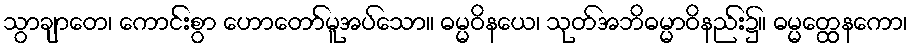
သွာချာတေ၊ ကောင်းစွာ ဟောတော်မူအပ်သော။ ဓမ္မဝိနယေ၊ သုတ်အဘိဓမ္မာဝိနည်း၌။ ဓမ္မတ္ထေနကော၊